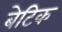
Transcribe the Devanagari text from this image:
बेटिक